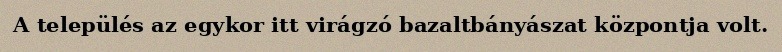
A település az egykor itt virágzó bazaltbányászat központja volt.